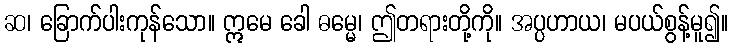
ဆ၊ ခြောက်ပါးကုန်သော။ ဣမေ ခေါ ဓမ္မေ၊ ဤတရားတို့ကို။ အပ္ပဟာယ၊ မပယ်စွန့်မူ၍။